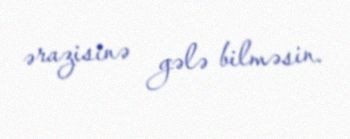
ərazisinə gələ bilməsin.